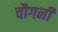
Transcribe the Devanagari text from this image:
चौगनी